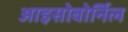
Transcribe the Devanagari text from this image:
आइसोबोर्निल